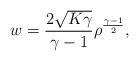
LaTeX: \begin{align*} w=\frac{2\sqrt{K \gamma}}{\gamma-1}\rho^{\frac{\gamma-1}{2}},\end{align*}